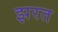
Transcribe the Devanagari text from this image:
झरत